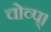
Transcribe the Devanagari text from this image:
चोव्प्।